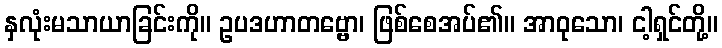
နှလုံးမသာယာခြင်းကို။ ဥပဒဟာတဗ္ဗော၊ ဖြစ်စေအပ်၏။ အာဝုသော၊ ငါ့ရှင်တို့။